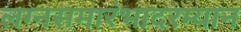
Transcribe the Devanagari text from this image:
लग्नसमारंभादरम्यान